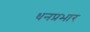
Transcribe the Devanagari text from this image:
धनप्रभार